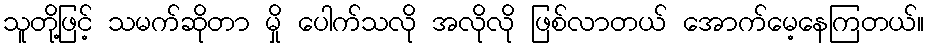
သူတို့ဖြင့် သမက်ဆိုတာ မှို ပေါက်သလို အလိုလို ဖြစ်လာတယ် အောက်မေ့နေကြတယ်။